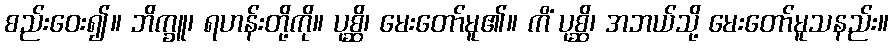
စည်းဝေး၍။ ဘိက္ခူ၊ ရဟန်းတို့ကို။ ပုစ္ဆိ၊ မေးတော်မူ၏။ ကိံ ပုစ္ဆိ၊ အဘယ်သို့ မေးတော်မူသနည်း။